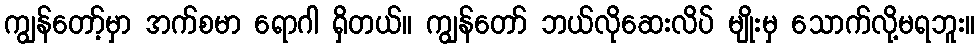
ကျွန်တော့်မှာ အက်စမာ ရောဂါ ရှိတယ်။ ကျွန်တော် ဘယ်လိုဆေးလိပ် မျိုးမှ သောက်လို့မရဘူး။